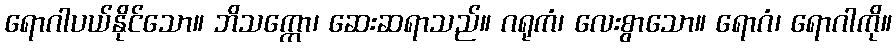
ရောဂါပယ်နိုင်သော။ ဘိသက္ကော၊ ဆေးဆရာသည်။ ဂရုကံ၊ လေးစွာသော။ ရောဂံ၊ ရောဂါကို။